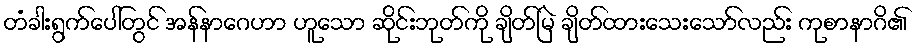
တံခါးရွက်ပေါ်တွင် အန်နာဂေဟာ ဟူသော ဆိုင်းဘုတ်ကို ချိတ်မြဲ ချိတ်ထားသေးသော်လည်း ကုစာနာဂိ၏